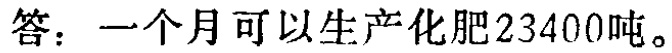
答：一个月可以生产化肥23400吨。